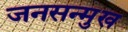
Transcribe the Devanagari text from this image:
जनसन्मुख